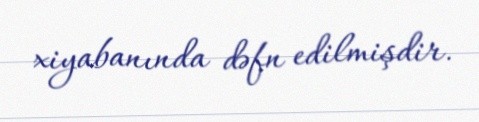
xiyabanında dəfn edilmişdir.